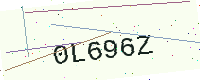
Text: 0L696Z